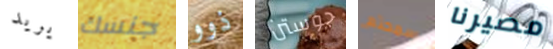
يريد جنسك ذوو جوستن سمحتم مصيرنا